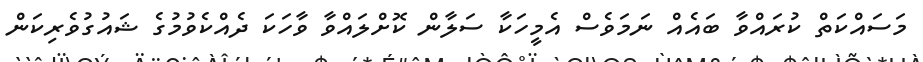
މަސައްކަތް ކުރައްވާ ބައެއް ނަމަވެސް އެމީހަކާ ސަލާން ކޮށްލައްވާ ވާހަކަ ދެއްކެވުމުގެ ޝައުގުވެރިކަން